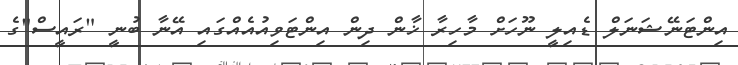
އިންޓަނޭޝަނަލް ޑެއިލީ ނޫހަށް މާހިރާ ޚާން ދިން އިންޓަވިއުއެއްގައި އޭނާ ބުނީ "ރައީސް"ގެ